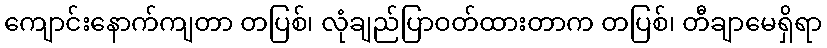
ကျောင်းနောက်ကျတာ တပြစ်၊ လုံချည်ပြာဝတ်ထားတာက တပြစ်၊ တီချာမေရှိရာ